Indian journal of veterinary science and animal husbandry - Volume 13,
Year: 1943
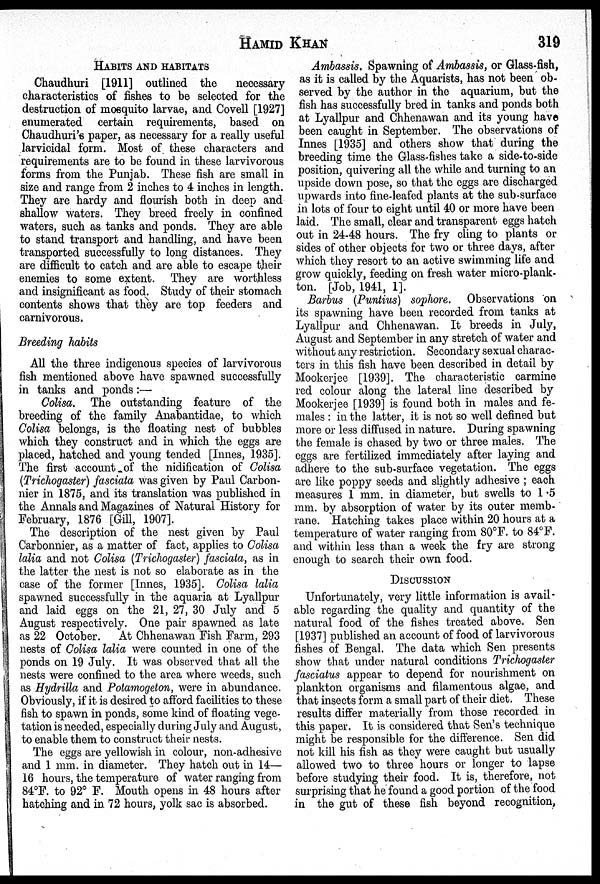
HAMID
KHAN
319
HABITS AND HABITATS
Chaudhuri [1911] outlined the
necessary
characteristics of fishes to be selected for the
destruction of mosquito larvae, and Covell [1927]
enumerated certain requirements, based on
Chaudhuri's paper, as necessary for a really useful
larvicidal form. Most of these characters and
requirements are to be found in these larvivorous
forms from the Punjab. These fish are small in
size and range from 2 inches to 4 inches in length.
They are hardy and flourish both in deep and
shallow waters. They breed freely in confined
waters, such as tanks and ponds. They are able
to stand transport and handling, and have been
transported successfully to long distances. They
are difficult to catch and are able to escape their
enemies to some extent. They are worthless
and insignificant as food. Study of their stomach
contents shows that they are top feeders and
carnivorous.
Breeding habits
All the three indigenous species of larvivorous
fish mentioned above have spawned successfully
in tanks and ponds :—
Colisa, The outstanding feature of the
breeding of the family Anabantidae, to which
Colisa belongs, is the floating nest of bubbles
which they construct and in which the eggs are
placed, hatched and young tended [Innes, 1935].
The first account of the nidification of Colisa
(Trichogaster) fasciata was given by Paul Carbon-
nier in 1875, and its translation was published in
the Annals and Magazines of Natural History for
February, 1876 [Gill, 1907].
The description of the nest given by Paul
Carbonnier, as a matter of fact, applies to Colisa
lalia and not Colisa (Trichogaster) fasciata, as in
the latter the nest is not so elaborate as in the
case of the former [Innes, 1935]. Colisa lalia
spawned successfully in the aquaria at Lyallpur
and laid eggs on the 21, 27, 30 July and 5
August respectively. One pair spawned as late
as 22 October.
At Chhenawan Fish Farm, 293
nests of Colisa lalia were counted in one of the
ponds on 19 July. It was observed that all the
nests were confined to the area where weeds, such
as Hydrilla and Potamogeton, were in abundance.
Obviously, if it is desired to afford facilities to these
fish to spawn in ponds, some kind of floating vege-
tation is needed, especially during July and August,
to enable them to construct their nests.
The eggs are yellowish in colour, non-adhesive
and 1 mm. in diameter. They hatch out in 14—
16 hours, the temperature of water ranging from
84ºF. to 92º F. Mouth opens in 48 hours after
hatching and in 72 hours, yolk sac is absorbed.
Ambassis. Spawning of Ambassis, or Glass-fish,
as it is called by the Aquarists, has not been ob-
served by the author in the aquarium, but the
fish has successfully bred in tanks and ponds both
at Lyallpur and Chhenawan and its young have
been caught in September. The observations of
Innes [1935] and others show that during the
breeding time the Glass-fishes take a side-to-side
position, quivering all the while and turning to an
upside down pose, so that the eggs are discharged
upwards into fine-leafed plants at the sub-surface
in lots of four to eight until 40 or more have been
laid. The small, clear and transparent eggs hatch
out in 24-48 hours. The fry cling to plants or
sides of* other objects for two or three days, after
which they resort to an active swimming life and
grow quickly, feeding on fresh water micro-plank-
ton. [Job, 1941, 1].
Barbus (Puntius) sophore. Observations on
its spawning have been recorded from tanks at
Lyallpur and Chhenawan. It breeds in July,
August and September in any stretch of water and
without any restriction. Secondary sexual charac-
ters in this fish have been described in detail by
Mookerjee [1939]. The characteristic carmine
red colour along the lateral line described by
Mookerjee [1939] is found both in males and fe-
males : in the latter, it is not so well defined but
more or less diffused in nature. During spawning
the female is chased by two or three males. The
eggs are fertilized immediately after laying and
adhere to the sub-surface vegetation. The eggs
are like poppy seeds and slightly adhesive ; each
measures 1 mm. in diameter, but swells to 1.5
mm. by absorption of water by its outer memb-
rane. Hatching takes place within 20 hours at a
temperature of water ranging from 80ºF. to 84ºF.
and within less than a week the fry are strong
enough to search their own food.
DISCUSSION
Unfortunately, very little information is avail-
able regarding the quality and quantity of the
natural food of the fishes treated above. Sen
[1937] published an account of food of larvivorous
fishes of Bengal. The data which Sen presents
show that under natural conditions Trichogaster
fasciatus appear to depend for nourishment on
plankton organisms and filamentous algae, and
that insects form a small part of their diet. These
results differ materially from those recorded in
this paper. It is considered that Sen's technique
might be responsible for the difference. Sen did
not kill his fish as they were caught but usually
allowed two to three hours or longer to lapse
before studying their food. It is, therefore, not
surprising that he found a good portion of the food
in the gut of these fish beyond recognition,